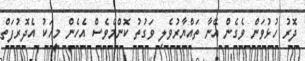
ދޮރު ހުޅުވަން ވެގެން އޭނާ ތައްޔާރުވެލި ވަގުތު ކޮންމެވެސް އެހެން މީހަކު އެދޮރުފަތް